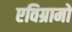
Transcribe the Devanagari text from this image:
एविग्रामों